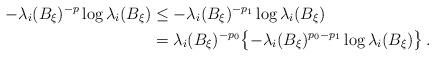
LaTeX: \begin{align*}-\lambda_i(B_\xi)^{-p}\log\lambda_i(B_\xi)&\le-\lambda_i(B_\xi)^{-p_1}\log\lambda_i(B_\xi) \\&=\lambda_i(B_\xi)^{-p_0}\bigl\{-\lambda_i(B_\xi)^{p_0-p_1}\log\lambda_i(B_\xi)\bigr\} \,.\end{align*}